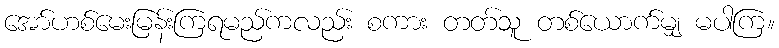
အော်ဟစ်မေးမြန်းကြရမည်ကလည်း စကား တတ်သူ တစ်ယောက်မျှ မပါကြ။